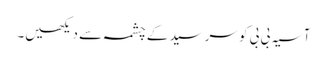
آسیہ بی بی کو سرسید کے چشمہ سے دیکھیں۔